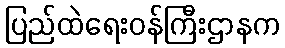
ပြည်ထဲရေးဝန်ကြီးဌာနက